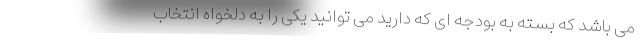
می باشد که بسته به بودجه ای که دارید می توانید یکی را به دلخواه انتخاب